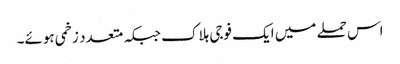
اس حملے میں ایک فوجی ہلاک جبکہ متعدد زخمی ہوئے۔